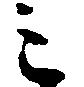
み